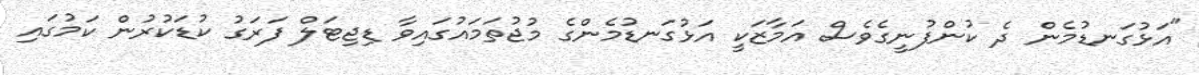
"އަޅުގަނޑުމެން ދެ ކުންފުނީގެވެސް އަމާޒަކީ އަޅުގަނޑުމެންގެ މުޖުތަމައުގައިވާ ޑިޖިޓަލް ފަރަގު ކުޑަކުރުން ކަމުގައި